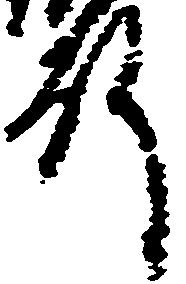
殿